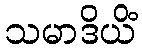
သမာဒိယိံ